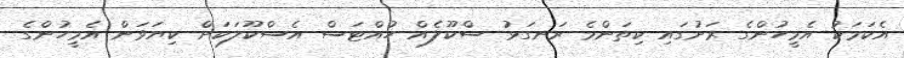
އެކަމަކު އެމީހުންގެ ރަށުގައި ކިތަންމެ ރަނގަޅު ސްކޫލެއް ހުއްޓަސް އެސްކޫލަކަށް ކިޔަވަން އެމީހުންގެ